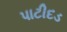
પાટીદડ